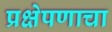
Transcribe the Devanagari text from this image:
प्रक्षेपणाचा